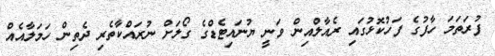
ފުރަތަމަ ހާފުގެ ފަހުކޮޅުގައި ރެއާލްއިން ވަނީ ޔުނައިޓެޑްގެ ގޯލަށް ނުރައްކާތެރި ދެތިން ހަމަލާއެއް